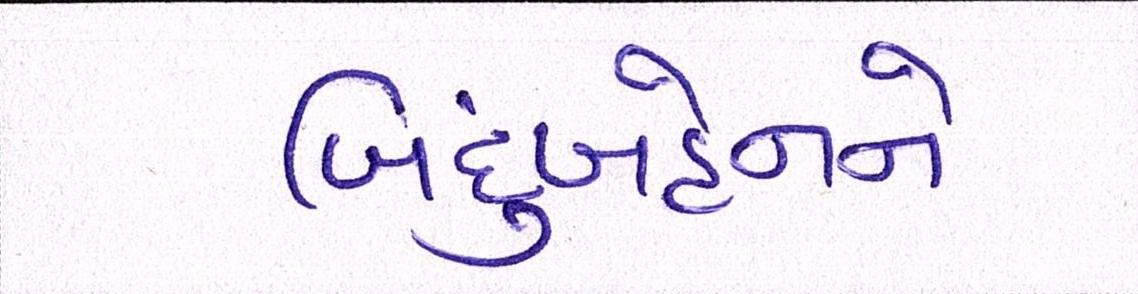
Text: બિંદુબહેનને